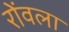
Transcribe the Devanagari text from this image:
रोंवला